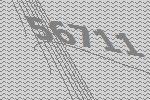
56711